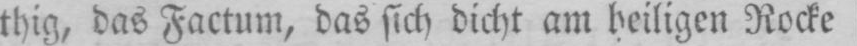
thig, das Factum, das sich dicht am heiligen Rocke